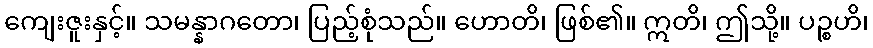
ကျေးဇူးနှင့်။ သမန္နာဂတော၊ ပြည့်စုံသည်။ ဟောတိ၊ ဖြစ်၏။ ဣတိ၊ ဤသို့။ ပဉ္စဟိ၊